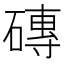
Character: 磚